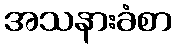
အသနားခံစာ